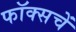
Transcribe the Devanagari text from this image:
फॉक्सचें